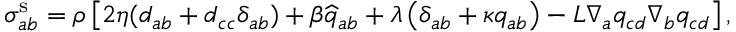
\sigma _ { a b } ^ { \mathrm { s } } = \rho \left[ 2 \eta ( d _ { a b } + d _ { c c } \delta _ { a b } ) + \beta \widehat { q } _ { a b } + \lambda \left( \delta _ { a b } + \kappa q _ { a b } \right) - L \nabla _ { a } q _ { c d } \nabla _ { b } q _ { c d } \right] ,